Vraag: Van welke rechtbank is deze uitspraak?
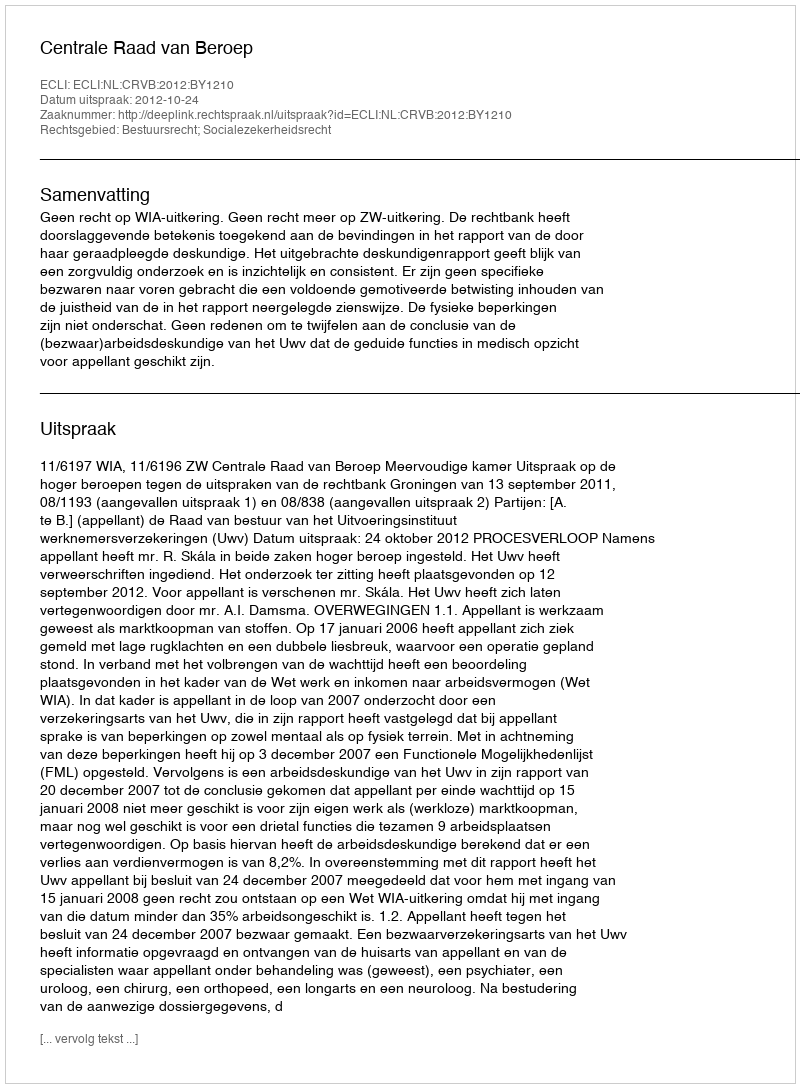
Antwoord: Centrale Raad van Beroep